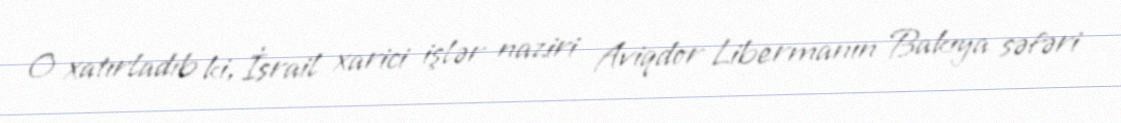
O xatırladıb ki, İsrail xarici işlər naziri Aviqdor Libermanın Bakıya səfəri